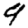
Digit: 9